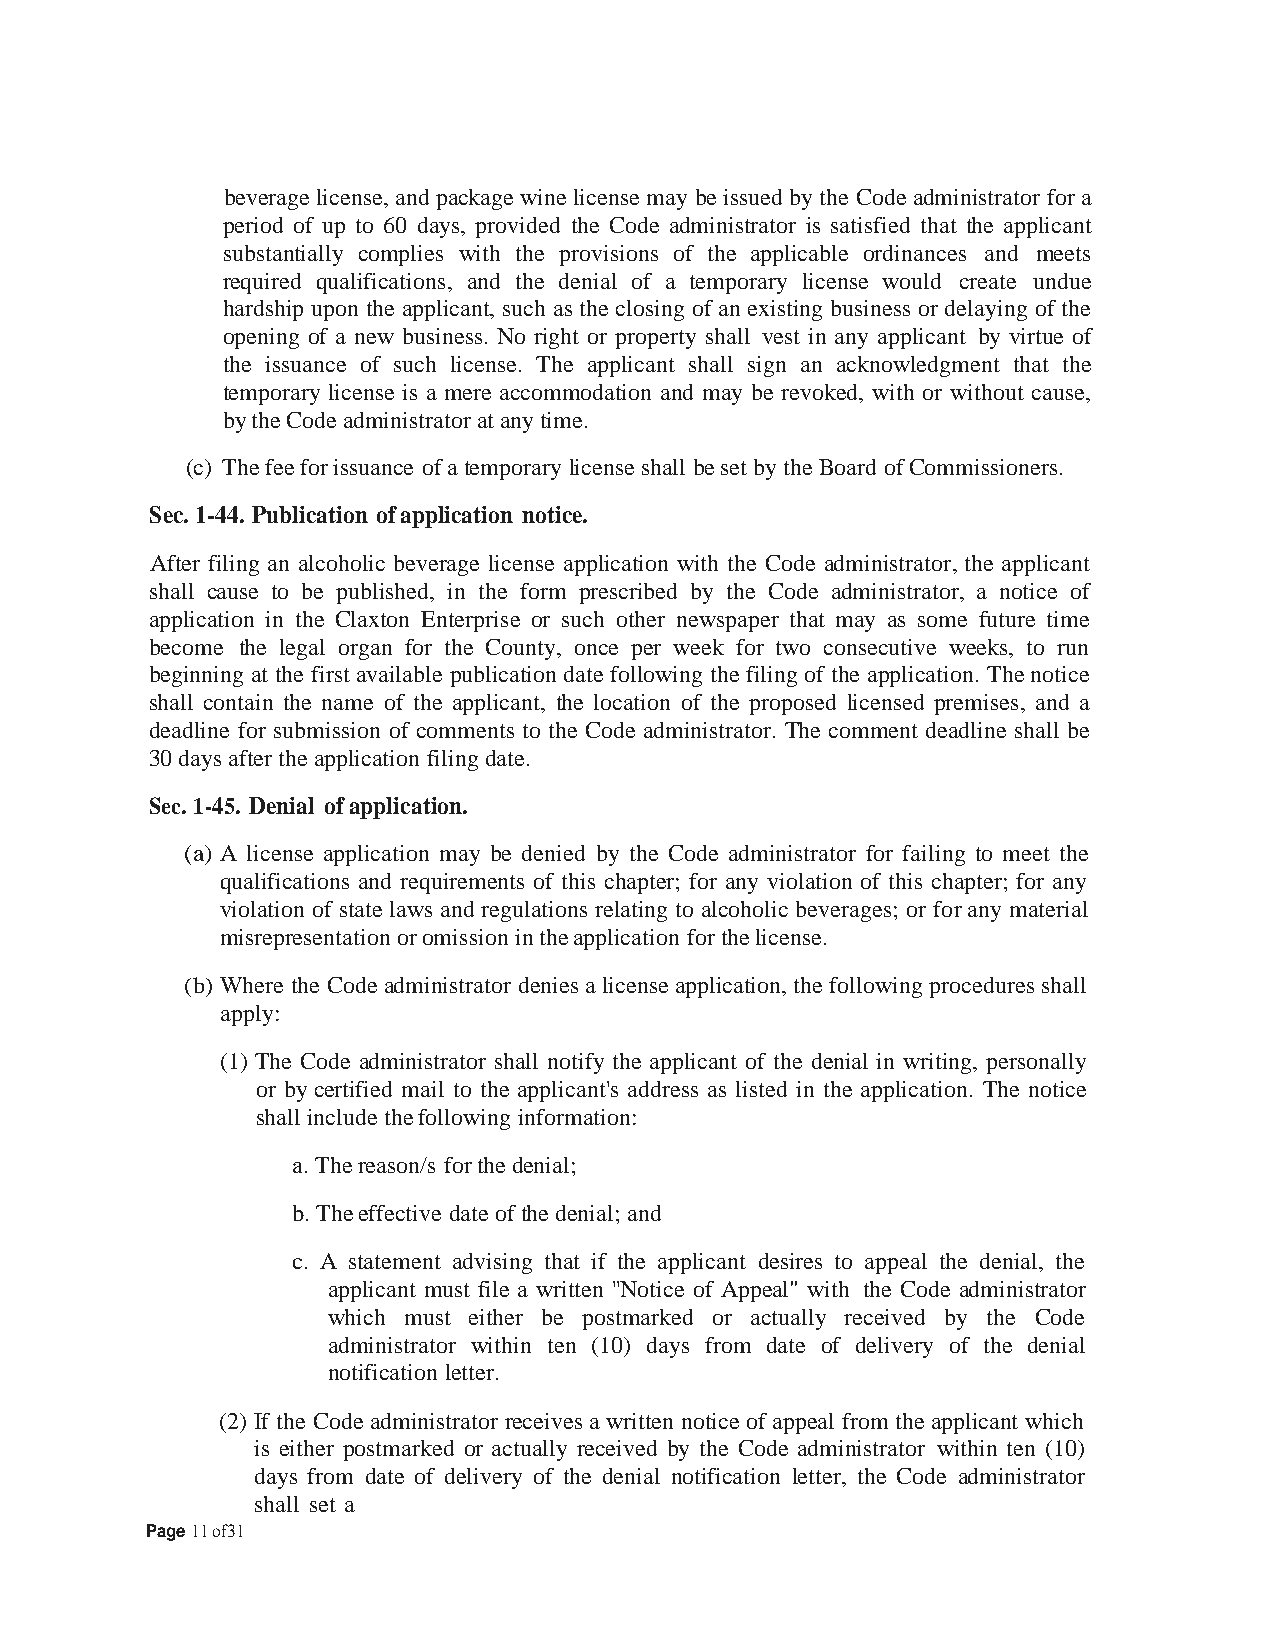
beverage license, and package wine license may be issued by the Code administrator for a
 period of up to 60 days, provided the Code administrator is satisfied that the applicant
 substantially complies with the provisions of the applicable ordinances and meets
 required qualifications, and the denial of a temporary license would create undue
 hardship upon the applicant, such as the closing of an existing business or delaying of the
 opening of a new business. No right or property shall vest in any applicant by virtue of
 the issuance of such license. The applicant shall sign an acknowledgment that the
 temporary license is a mere accommodation and may be revoked, with or without cause,
 by the Code administrator at any time.
 (c) The fee for issuance of a temporary license shall be set by the Board of Commissioners.
 Sec. 1-44. Publication of application notice.
 After filing an alcoholic beverage license application with the Code administrator, the applicant
 shall cause to be published, in the form prescribed by the Code administrator, a notice of
 application in the Claxton Enterprise or such other newspaper that may as some future time
 become the legal organ for the County, once per week for two consecutive weeks, to run
 beginning at the first available publication date following the filing of the application. The notice
 shall contain the name of the applicant, the location of the proposed licensed premises, and a
 deadline for submission of comments to the Code administrator. The comment deadline shall be
 30 days after the application filing date.
 Sec. 1-45. Denial of application.
 (a) A license application may be denied by the Code administrator for failing to meet the
 qualifications and requirements of this chapter; for any violation of this chapter; for any
 violation of state laws and regulations relating to alcoholic beverages; or for any material
 misrepresentation or omission in the application for the license.
 (b) Where the Code administrator denies a license application, the following procedures shall
 apply:
 (1) The Code administrator shall notify the applicant of the denial in writing, personally
 or by certified mail to the applicant's address as listed in the application. The notice
 shall include the following information:
 a. The reason/s for the denial;
 b. The effective date of the denial; and
 c. A statement advising that if the applicant desires to appeal the denial, the
 applicant must file a written ''Notice of Appeal" with the Code administrator
 which must either be postmarked or actually received by the Code
 administrator within ten (10) days from date of delivery of the denial
 notification letter.
 (2) If the Code administrator receives a written notice of appeal from the applicant which
 is either postmarked or actually received by the Code administrator within ten (10)
 days from date of delivery of the denial notification letter, the Code administrator
 shall set a
 Page 11 of31